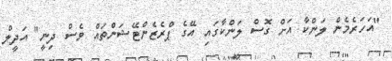
"އަހަރެމެން ލަންކާ އަށް ގޮސް ލަންކާގައި އޭގެ ޕްރެޒެންޓޭޝަންތައް ވެސް ދިނީ" އަދީލް